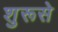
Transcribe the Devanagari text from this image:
शुरूसे